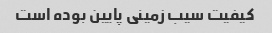
کیفیت سیب زمینی پایین بوده است